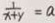
\frac { 1 } { x + y } = a